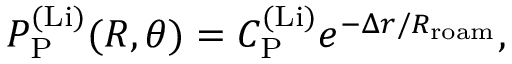
P _ { \mathrm { P } } ^ { \mathrm { ( L i ) } } ( R , \theta ) = C _ { \mathrm { P } } ^ { \mathrm { ( L i ) } } e ^ { - \Delta r / R _ { \mathrm { r o a m } } } ,